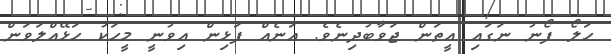
ހަލޯ ފޯނު ނަގައި އީތަން ޖަވާބުދިނެވެ. އަނެއް ފަޅިިން އިވުނީ މީހަކު ހަޅޭއްލަވަން